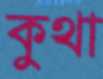
কুথা